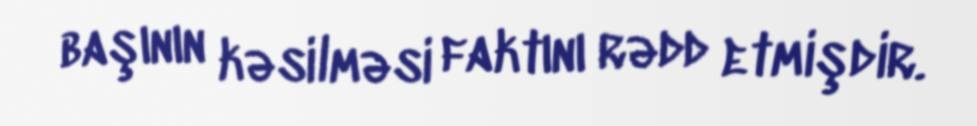
başının kəsilməsi faktını rədd etmişdir.